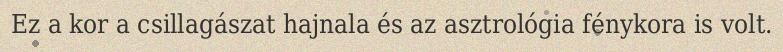
Ez a kor a csillagászat hajnala és az asztrológia fénykora is volt.